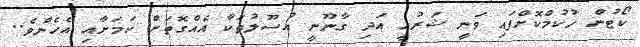
ކޯޓުން ހުކުމްކޮށްފައި ވަނީ ޝަރުއީ އަދި ގާނޫނީ އުސޫލުތަކާ އެއްގޮތަށް ކަމަށާއި އެހެންވެ..